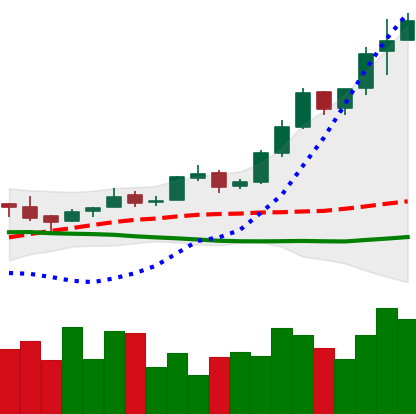
Ticker: BTC-USD
Chart end date: 2016-04-26
Forward return: -3.05%
Label: down_3_5